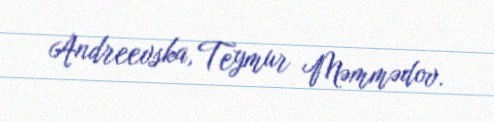
Andreevska, Teymur Məmmədov.